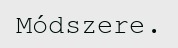
Módszere.